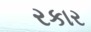
રકાર